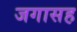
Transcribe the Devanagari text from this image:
जगासह